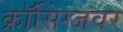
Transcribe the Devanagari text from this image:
क्राॅसिंग्जवर